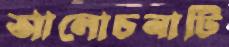
আলোচনাটি